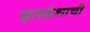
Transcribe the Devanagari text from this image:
मृतदेशाची